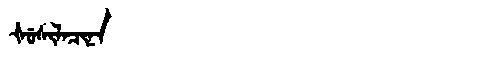
Manchu: ᡧᡠᠰᡳᠯᠠᠴᡳᠨᠠ
Romanization: ŠUSILACINA